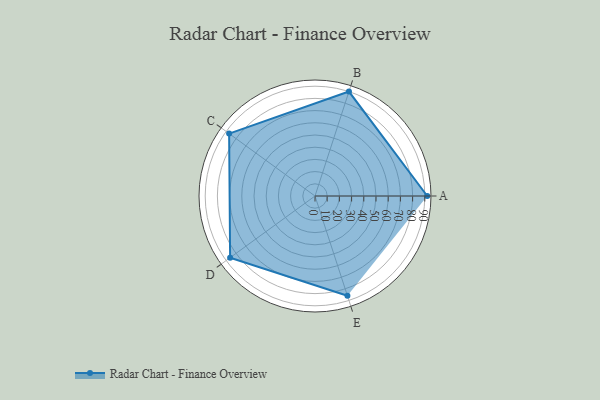
{"axis": {"x": "Skill", "y": "Score"}, "legend": ["Profile"], "data": [{"x": "A", "y": 92.0, "type": "Profile"}, {"x": "B", "y": 90.0, "type": "Profile"}, {"x": "C", "y": 87.0, "type": "Profile"}, {"x": "D", "y": 86.0, "type": "Profile"}, {"x": "E", "y": 86.0, "type": "Profile"}]}